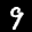
Label: 9